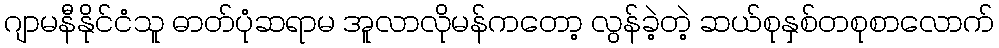
ဂျာမနီနိုင်ငံသူ ဓာတ်ပုံဆရာမ အူလာလိုမန်ကတော့ လွန်ခဲ့တဲ့ ဆယ်စုနှစ်တစုစာလောက်